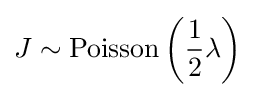
J\sim \mathrm {Poisson} \left({{\frac {1}{2}}\lambda }\right)